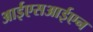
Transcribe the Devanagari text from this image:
आईएसआईएन